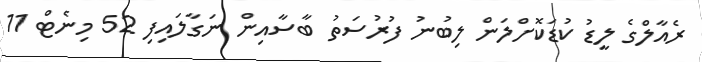
ރެއާލްގެ ލީޑު ކުޑަކޮށްލަން ލިބުނު ފުރުސަތު ބާސާއިން ނަގާލައިފި 52 މިނެޓް 11